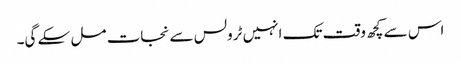
اس سے کچھ وقت تک انہیں ٹرولس سے نجات مل سکے گی۔